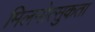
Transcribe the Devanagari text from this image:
मिलनोत्सुकता